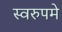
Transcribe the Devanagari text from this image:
स्वरुपमे